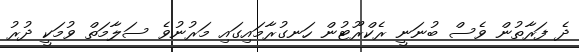
ދެ ފަރާތުން ވެސް ބުނަނީ ރެކްރޫޓުން ހަނގުރާމައިގައި މަރުނުވެ ސަލާމަތް ވުމަކީ ދުރު